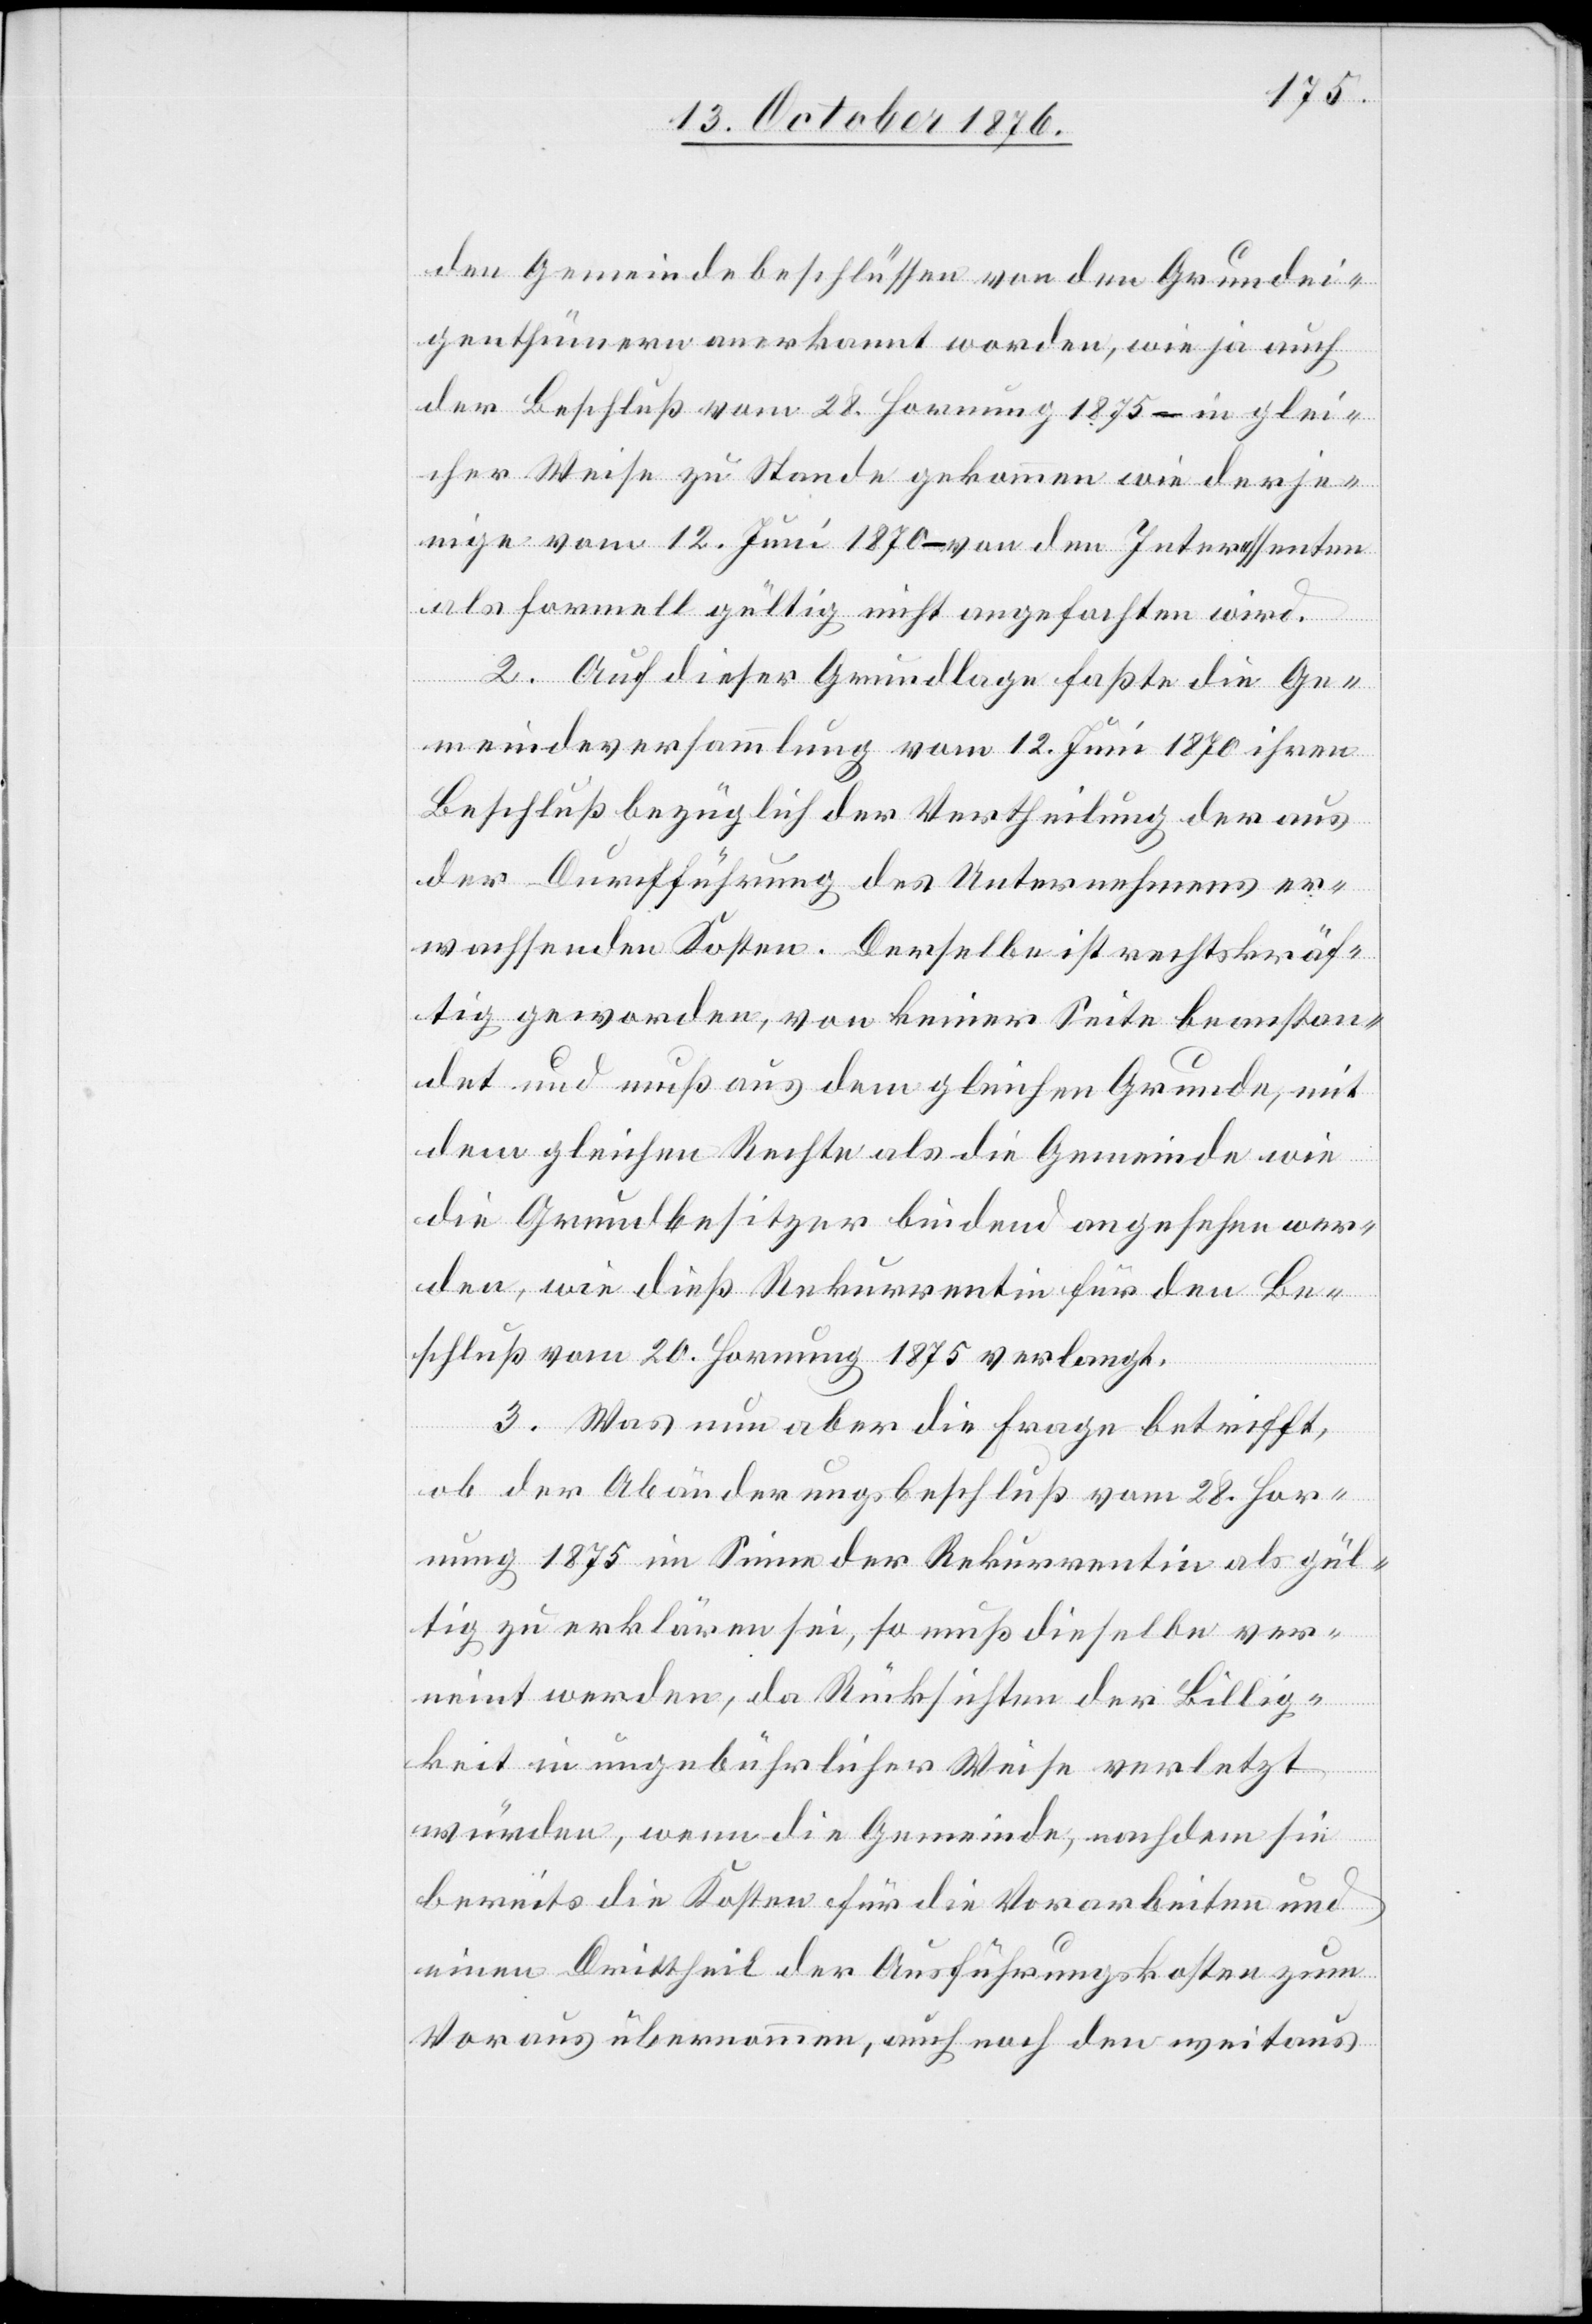
den Gemeindebeschlüssen von den Grundei¬
genthümern anerkannt worden, wie ja auch
der Beschluß vom 28. Hornung 1875 – in glei¬
cher Weise zu Stande gekommen wie derje¬
nige vom 12. Juni 1870 – von den Interessenten
als formell gültig nicht angefochten wird.
2. Auf dieser Grundlage faßte die Ge¬
meindeversammlung vom 12. Juni 1870 ihren
Beschluß bezüglich der Vertheilung der aus
der Durchführung des Unternehmens er¬
wachsenden Kosten. Derselbe ist rechtskräf¬
tig geworden, von keiner Seite beanstan¬
det und muß aus dem gleichen Grunde, mit
dem gleichen Rechte als die Gemeinde wie
die Grundbesitzer bindend angesehen wer¬
den, wie dieß Rekurrentin für den Be¬
schluß vom 20. Hornung 1875 verlangt.
3. Was nun aber die Frage betrifft,
ob der Abänderungsbeschluß vom 28. Hor¬
nung 1875 im Sinne der Rekurrentin als gül¬
tig zu erklären sei, so muß dieselbe ver¬
neint werden, da Rücksichten der Billig¬
keit in ungebührlicher Weise verletzt
würden, wenn die Gemeinde, nachdem sie
bereits die Kosten für die Vorarbeiten und
einen Drittheil der Ausführungskosten zum
Voraus übernommen, auch noch den weitaus